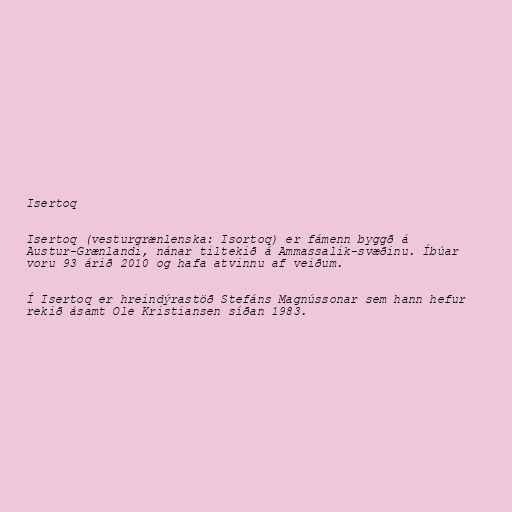
Isertoq

Isertoq (vesturgrænlenska: Isortoq) er fámenn byggð á
Austur-Grænlandi, nánar tiltekið á Ammassalik-svæðinu. Íbúar
voru 93 árið 2010 og hafa atvinnu af veiðum.

Í Isertoq er hreindýrastöð Stefáns Magnússonar sem hann hefur
rekið ásamt Ole Kristiansen síðan 1983.